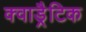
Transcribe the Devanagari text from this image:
क्वाड्रैटिक